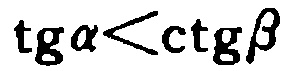
\(\operatorname{tg}\alpha<\operatorname{ctg}\beta\)